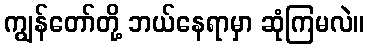
ကျွန်တော်တို့ ဘယ်နေရာမှာ ဆုံကြမလဲ။